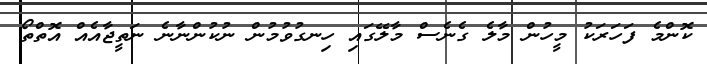
ކޮންމެ ފަހަރަކު މީހުން މާލެ ގެނެސް މާލޭގައި ހިނގުވުމުން ނުކުންނާނެ ނަތީޖާއެއް އޮތްތޯ